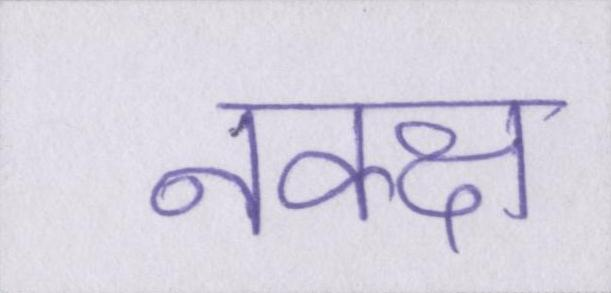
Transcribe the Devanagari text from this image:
नक्क्ष